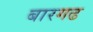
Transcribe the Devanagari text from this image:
बारगढ